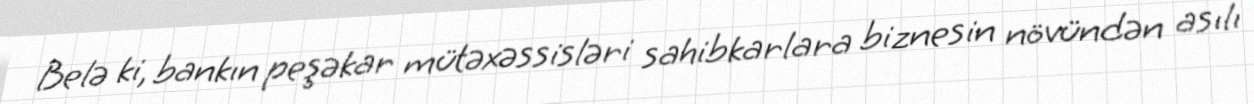
Belə ki, bankın peşəkar mütəxəssisləri sahibkarlara biznesin növündən asılı